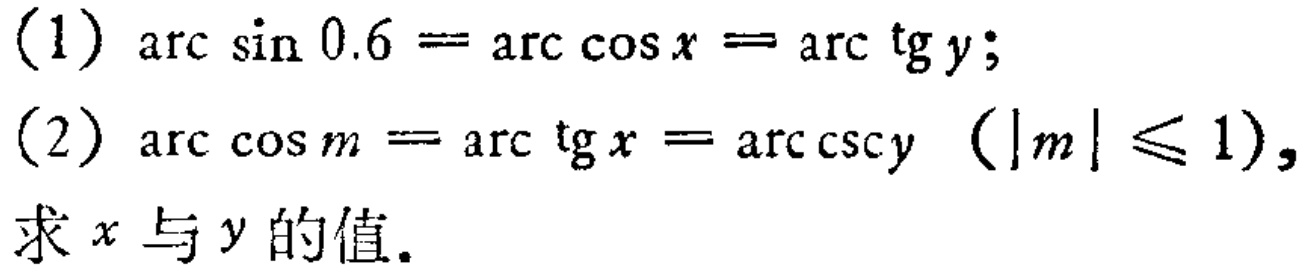
(1) \(\arcsin 0.6=\arccos x=\arctan y\);
(2) \(\arccos m=\arctan x=\arccsc y\ (\vert m\vert\leqslant 1)\),
求 \(x\) 与 \(y\) 的值.